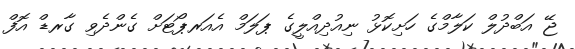
ޖޭ އަބްދުލް ކަލާމްގެ ހަށިކޮޅު ނިއުދިއްލީގެ ޕަލަމް އެއަރޕޯޓަށް ގެންދެވި ގާރޑް އޮފް